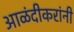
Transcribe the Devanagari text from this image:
आळंदीकरांनी